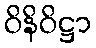
ဝိနိဝိဋ္ဌာ